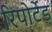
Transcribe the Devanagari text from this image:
रिपोर्टेड